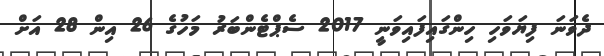
ދެވަނަ ފިޔަވަހި ހިންގައިފައިވަނީ 2017 ސެޕްޓެންބަރު މަހުގެ 26 އިން 28 އަށް